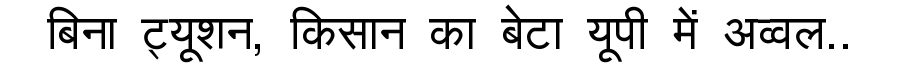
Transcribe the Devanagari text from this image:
बिना ट्यूशन, किसान का बेटा यूपी में अव्वल..